Medical and sanitary report of the native army of Bengal for the year
Year: 1878
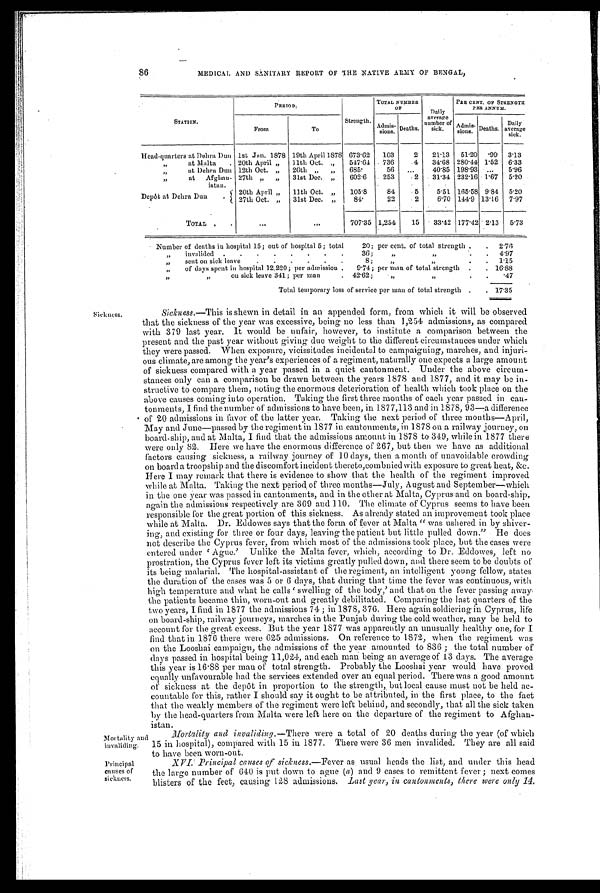
Mortality an
d invaliding.
Principal
causes of
sickness.
86
MEDICAL AND SANITARY REPORT OF THE NATIVE ARMY OF BENGAL,
Sickness.
STATION.
PERIOD.
Strength,
TOTAL NUMBE
R OF
Daily
average
number of
sick.
PER CENT. OF STRENGTH
PER ANNUM.
From
To
Admi s-si ons Deaths.
Admi s-si ons. Deaths. Daily
average
sick.
Head-quarters at Debra Dun 1st Jan. 1878 19th April 1878 673.62 103
2 21.13 51.20 .99 3.13
, ,
a t M a l t a
" 20th April „ 11th Oct. ,, 547.64 736
4 34.63 280.44 1.52 6.33
, ,
a t D e h r a D u n 12th Oct. ,, 26th ,, ,,
685.
56
. . .
40.85 198.93 . . . . . .
5.96
,,
at Afghan-
istan.
27th „ „ 31st Dec. „ 602.6
253
2 31.34 232.16 1.67 5.20
Depôt at Dehra Dun
20th April „ 11th Oct. „ 105.8
84
5
5.51 165.58 9.84 5.20
27th Oct. ,, 31st Dec. „
8 4 .
22
.2
6.70 144.9 13.16 7.97
TOTAL
.
. . .
. . . 707.35 1,254 15 33.42 177.42 2.13 5.73
Number of deaths iu hospital 15; out of hospital 5; total
20; per cent. of total strength . . 2.76
,, invalided . . . . . . . .
38;
,,
. . 4.97
, , „
s e n t o n s i c k l e a v e
. . . . . .
8;
,,
„
. . 1.15
„ of days spent in hospital 12,220; per admission . 9.74; per man of total strength . . 16.88
,,
ou sick leave 341; per man
. 42.62; ,,„
, ,
. . .47
Total temporary loss of service per man of total strength . . 17.35
Sickness.—This is shewn in detail in an appended form, from which it will be observed
that the sickness of' the year was excessive, being no less than 1,254 admissions, as compared
with 379 last year. It would be unfair, however, to institute a comparison between the
present and the past year without giving due weight to the different circumstances under which
they were passed. When exposure, vicissitudes incidental to campaigning, marches, and injuri
-ous climate, are among the year's experiences of a regiment, naturally one expects a large amount
of sickness compared with a year passed in a quiet cantonment. Under the above circum-
stances only can a comparison be drawn between the years 1878 and 1877, and it may be in-
structive to compare them, noting the enormous deterioration of health which took place on the
above causes coming into operation. Taking the first three months of each year passed in can-
tonments, I find the number of admissions to have been, in 1877,113. and in 1878, 93—a difference
of 20 admissions in favor of the latter year. Taking the next period of three months—April,
May and June—passed by the regiment in 1877 in cantonments, in 1878 on a railway journey, on
board-ship, and at Malta, I find that the admissions amount in 1878 to 349, while in 1877 there
were only 82. Here we have the enormous difference of 267, but then we have as additional
factors causing sickness, a railway journey of 10 days, then a month of unavoidable crowding
on board a troopship and the discomfort incident thereto,combnied with exposure to great heat, &c.
Here I may remark that there is evidence to show that the health of the regiment improved
while at Malta. Taking the next period of three months—July, August and September—which
in the one Year was passed in cantonments, and in the other at Malta, Cyprus and on board-ship,
again the admissions respectively are 369 and 110. The climate of Cyprus seems to have been
responsible for the great portion of this sickness. As already stated an improvement took place
while at Malta. Dr. Eddowes says that the form of fever at Malta "was ushered in by shiver-
ing, and existing for three or four clays, leaving the patient but little pulled clown." He does
not describe the Cyprus fever, from which most of the admissions took place, but the cases were
e n t e r e d u n d e r ' Ag u e . ' Un l i k e t h e Ma l t a f e v e r , wh i c h , a c c o r d i n g t o Dr . E d c l o we s , l e f t n o
prostration, the Cyprus fever left its victims greatly pulled down, and there seem to he doubts of
its being malarial. The hospital-assistant of the regiment, an intelligent young fellow, states
the duration of the cases was 5 or 6 days, that during that time the fever was continuous, with
hi gh t emperat ure and what he cal l s ' swel l i ng of t he body, ' and t hat on t he fever passi ng away
the patients became thin, worn-out and greatly debilitated. Comparing the last quarters of the
two years, I find in 1877 the admissions 74; in 1878, 376. Here again soldiering in Cyprus, life
on board-ship, railway journeys, marches in the Punjab during the cold weather, may be held to
account for the great excess. But the year 1877 was apparently an unusually healthy one, for I
find that in 1876 there were 625 admissions. On reference to 1872, when the regiment was
on the Looshai campaign, the admissions of the year amounted to 836; the total number of
days passed in hospital being 11,024, and each man being an average of 13 days. The average
this year is 16.88 per man of total strength. Probably the Looshai year would have proved
equally unfavourable had the services extended over an equal period. There was a good amount
of sickness at the depôt in proportion to the strength, but local cause must not be held ac-
countable for this, rather I should say it ought to be attributed, in the first place, to the fact
that the weakly members of the regiment were left behind, and secondly, that all the sick taken
by the head-quarters from Malta were left here on the departure of the regiment to Afghan-
istan.
Mortality and invaliding.—There were a total of 20 deaths during the year (of which
15 in hospital), compared with 15 in 1877. There were 36 men invalided, They are all said
to have been worn-out.
XVI. Principal causes of sickness.—Fever as usual heads the list, and under this head
the large number of 640 is put down to ague ( a) and 9 cases to remittent fever; next comes
blisters of the feet, causing 128 admissions. Last year, in cantonments, there were only 14.